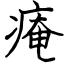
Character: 痷